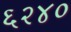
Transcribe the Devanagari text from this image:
६२४०